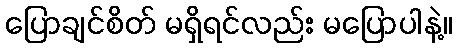
ပြောချင်စိတ် မရှိရင်လည်း မပြောပါနဲ့။